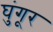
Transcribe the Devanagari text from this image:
घुंगूर